Annual report on the Civil Veterinary Department, Burma (including the Insein Veterinary School) - 1932-1941
Year: 1932
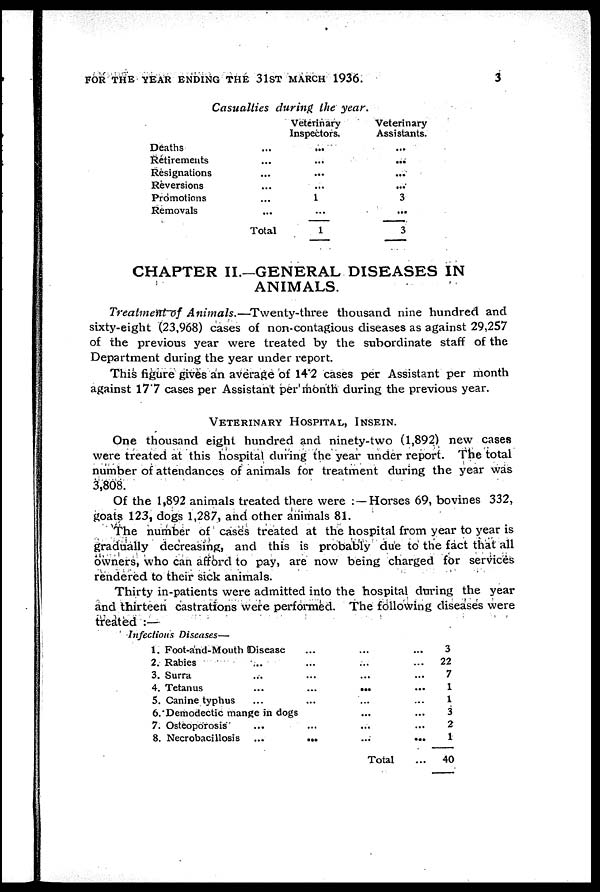
FOR THE YEAR ENDING THE 31ST MARCH 1936.
3
Casualties during the year.
Deaths...
Retirements...
Resignations...
Reversions...
Promotions...
Removals...
Total
Veterinary
Inspectors.
...
...
...
...
1
...
1
Veterinary
Assistants.
...
...
...
...
3
...
3
CHAPTER II.—GENERAL DISEASES IN
ANIMALS.
Treatment of Animals.—Twenty-three
thousand nine hundred and
sixty-eight (23,968) cases of non-contagious diseases as against 29,257
of the previous year were treated by the subordinate staff of the
Department during the year under report.
This figure gives an average of 14.2 cases per Assistant per month
against 17'7 cases per Assistant per month during the previous year.
VETERINARY HOSPITAL, INSEIN.
One thousand eight hundred and ninety-two (1,892) new cases
were treated at this hospital during the year under report. The total
number of attendances of animals for treatment during the year was
3,808.
Of the 1,892 animals treated there were :—Horses 69, bovines 332,
goats 123, dogs 1,287, and other animals 81.
The number of cases treated at the hospital from year to year is
gradually decreasing, and this is probably due to the fact that all
owners, who can afford to pay, are now being charged for services
rendered to their sick animals.
Thirty in-patients were admitted into the hospital during the year
and thirteen castrations were performed. The following diseases were
treated :—
Infectious Diseases—
1. Foot-and-Mouth Disease
2. Rabies
...
3. Surra ...
4. Tetanus
...
5. Canine typhus
...
6. Demodectic mange in dogs
7. Osteoporosis
...
8. Necrobacillosis ...
Total
3
22
7
1
1
3
2
1
40